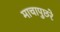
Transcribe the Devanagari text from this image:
माचापुछरे